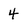
Character: 4